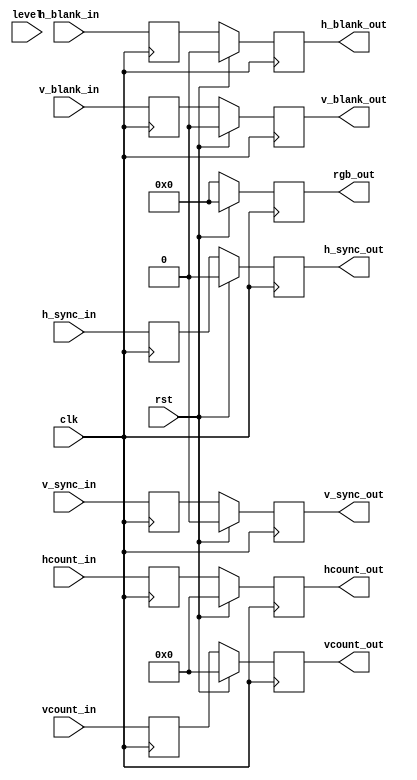
             //////////////////////////////////////////////////////////////////////////////
/*
 Module name:   template_fsm
 Author:        Robert Szczygiel
 Version:       1.0
 Last modified: 2017-04-03
 Coding style: safe with FPGA sync reset
 Description:  Template for modified Moore FSM for UEC2 project
 */
//////////////////////////////////////////////////////////////////////////////
module GeneratorZobmbie
	(

		input wire clk,  // posedge active clock
		input wire rst,  // high-level active synchronous reset
		input wire [10:0] hcount_in,
		input wire [10:0] vcount_in,
		input wire h_sync_in,
		input wire v_sync_in,
		input wire h_blank_in,
		input wire v_blank_in,
		output reg [10:0] hcount_out,
        output reg [10:0] vcount_out,		
		output reg h_blank_out,
		output reg v_blank_out,
		output reg h_sync_out,
		output reg v_sync_out,
		output reg [11:0] rgb_out,
		
		input wire [3:0] level
	);

//------------------------------------------------------------------------------
// local parameters
//------------------------------------------------------------------------------
	localparam STATE_BITS = 4; // number of bits used for state register
	localparam
        POZIOM_1 = 4'b0000, 
        POZIOM_2 = 4'b0001,
        POZIOM_3 = 4'b0010,
        POZIOM_4 = 4'b0011,
        POZIOM_5 = 4'b0100,
        POZIOM_6 = 4'b0101,
        POZIOM_7 = 4'b0110,
        POZIOM_8 = 4'b0111,
        POZIOM_9 = 4'b1000;

//------------------------------------------------------------------------------
// local variables
//------------------------------------------------------------------------------
	reg [ STATE_BITS-1 : 0 ] state = POZIOM_1;
	reg [ STATE_BITS-1 : 0 ] state_nxt;
	
	reg [10:0] hcount_nxt;
    reg [10:0] vcount_nxt;        
    reg h_blank_nxt;
    reg v_blank_nxt;
    reg h_sync_nxt;
    reg v_sync_nxt;
    reg [11:0] rgb_nxt;
    
//------------------------------------------------------------------------------
// tasks
//------------------------------------------------------------------------------  
    
//------------------------------------------------------------------------------
// state sequential with synchronous reset
//------------------------------------------------------------------------------
	always @(posedge clk) begin : state_seq
        if(rst)begin : state_seq_rst
            state <= POZIOM_1;
        end
        else begin : state_seq_run
            state <= state_nxt;
        end
    end
//------------------------------------------------------------------------------
// next state logic
//------------------------------------------------------------------------------
	always @* begin : state_comb
		case(state)
			POZIOM_1: state_nxt = (level == 1)  ? POZIOM_1 : POZIOM_2;
			POZIOM_2: state_nxt = (level == 2)  ? POZIOM_2 : POZIOM_3;
			POZIOM_3: state_nxt = (level == 3)  ? POZIOM_3 : POZIOM_4;
			POZIOM_4: state_nxt = (level == 4)  ? POZIOM_4 : POZIOM_5;
            POZIOM_5: state_nxt = (level == 5)  ? POZIOM_5 : POZIOM_6;
            POZIOM_6: state_nxt = (level == 6)  ? POZIOM_6 : POZIOM_7;
            POZIOM_7: state_nxt = (level == 7)  ? POZIOM_7 : POZIOM_8;
            POZIOM_8: state_nxt = (level == 8)  ? POZIOM_8 : POZIOM_9;
            POZIOM_9: state_nxt = (level == 9)  ? POZIOM_9 : POZIOM_1;
		endcase
	end
//------------------------------------------------------------------------------
// output register
//------------------------------------------------------------------------------
    always @(posedge clk) begin : out_nxt
        hcount_nxt <= hcount_in;
        vcount_nxt <= vcount_in;    
        h_blank_nxt <= h_blank_in;
        v_blank_nxt <= v_blank_in;
        h_sync_nxt <= h_sync_in;
        v_sync_nxt <= v_sync_in;

end

    always @(posedge clk) begin : out_reg
        if(rst) begin : out_reg_rst
            hcount_out <= 0;
            vcount_out <= 0;    
            h_blank_out <= 0;
            v_blank_out <= 0;
            h_sync_out <= 0;
            v_sync_out <= 0;
            rgb_out <= 0;
    
        end
        else begin : out_reg_run
            hcount_out <= hcount_nxt;
            vcount_out <= vcount_nxt;    
            h_blank_out <= h_blank_nxt;
            v_blank_out <= v_blank_nxt;
            h_sync_out <= h_sync_nxt;
            v_sync_out <= v_sync_nxt;
            rgb_out <= rgb_nxt;
    
        end
    end
//------------------------------------------------------------------------------
// output logic
//------------------------------------------------------------------------------
	always @* begin : out_comb
		case(state_nxt)
			POZIOM_1: begin
			end
            POZIOM_2: begin
            end
            POZIOM_3: begin
            end
            POZIOM_4: begin
            end
            POZIOM_5: begin
            end
            POZIOM_6: begin
            end
            POZIOM_7: begin
            end
            POZIOM_8: begin
            end
            POZIOM_9: begin
            end
		endcase
	end

endmodule